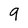
Character: 9